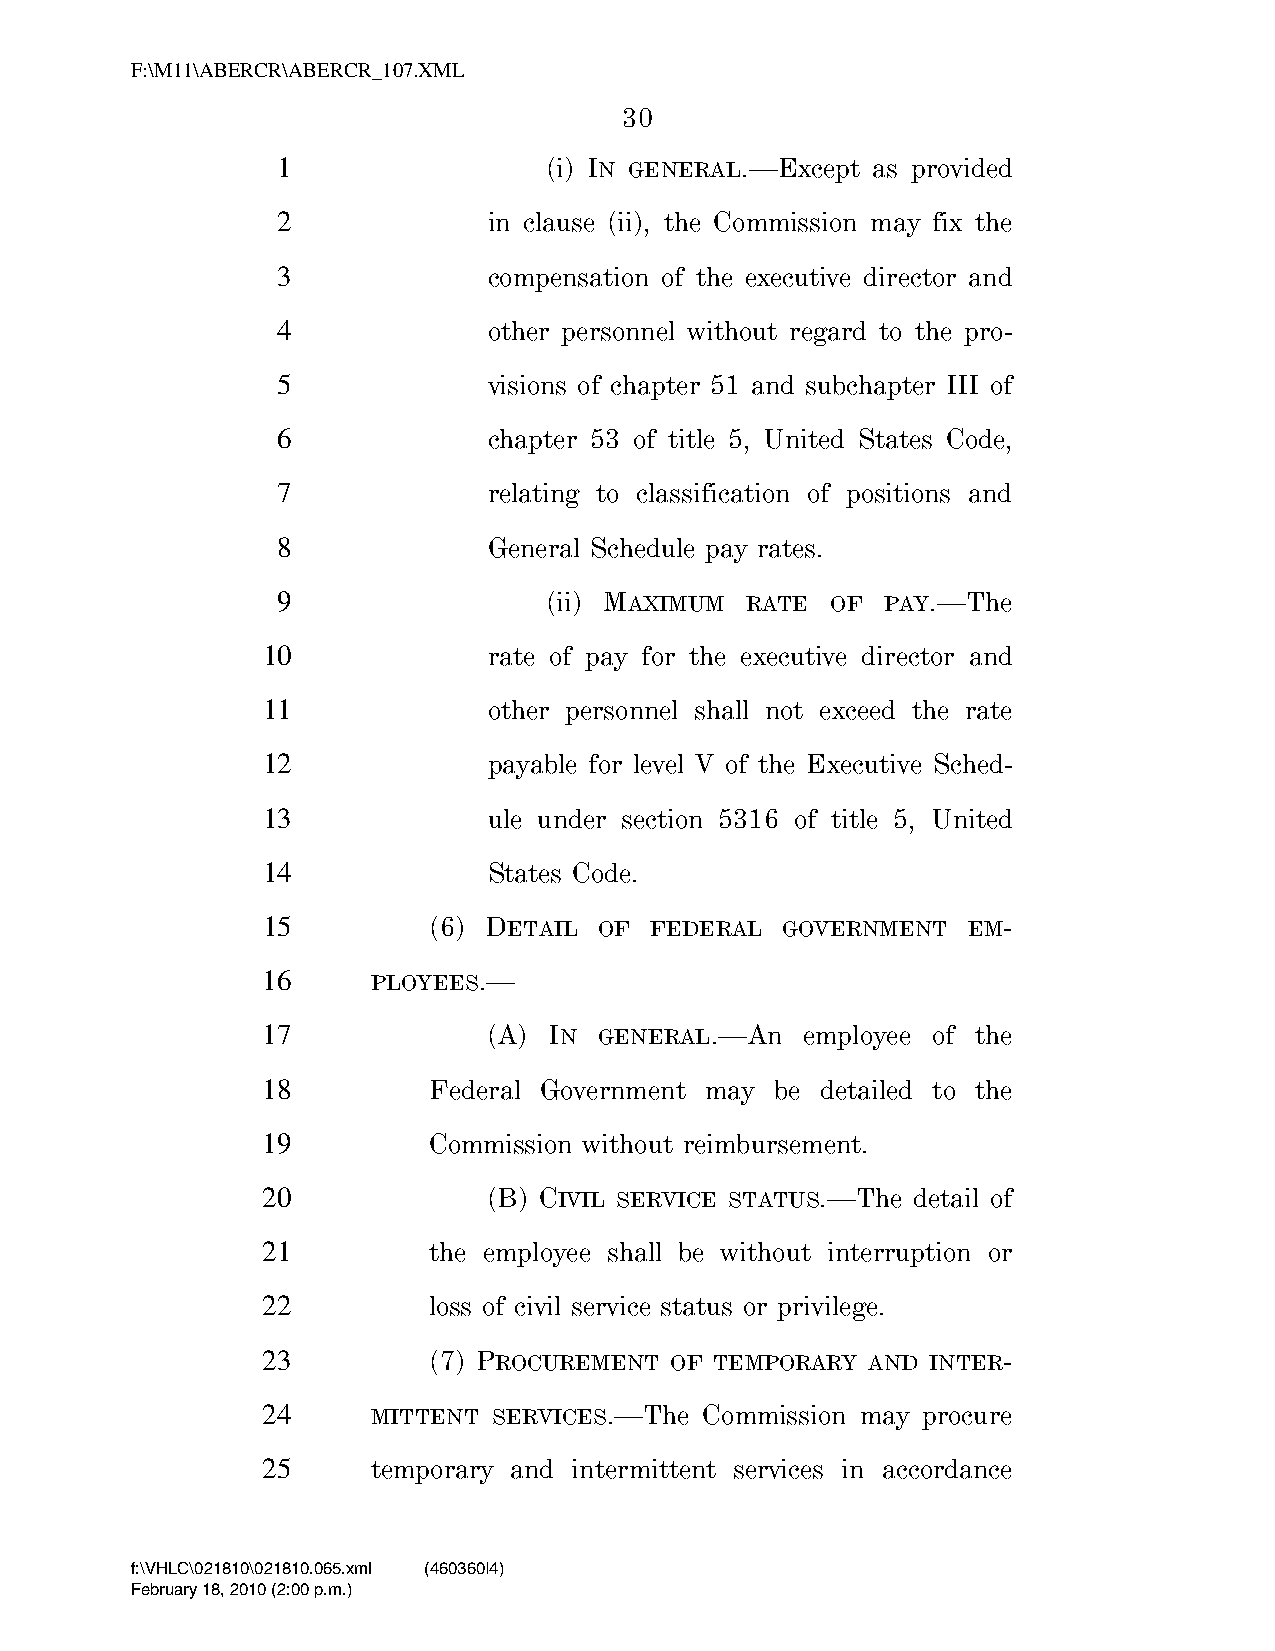
F:\M11\ABERCR\ABERCR_107.XML
 30
 1                 (i) IN GENERAL.—Except as provided
 2             in clause (ii), the Commission may fix the
 3             compensation of the executive director and
 4             other personnel without regard to the pro-
 5             visions of chapter 51 and subchapter III of
 6             chapter 53 of title 5, United States Code,
 7             relating to classification of positions and
 8             General Schedule pay rates.
 9                 (ii) MAXIMUM RATE  OF  PAY.—The
 10             rate of pay for the executive director and
 11             other personnel shall not exceed the rate
 12             payable for level V of the Executive Sched-
 13             ule under section 5316 of title 5, United
 14             States Code.
 15         (6) DETAIL  OF FEDERAL  GOVERNMENT  EM-
 16      PLOYEES.—
 17             (A) IN  GENERAL.—An  employee of the
 18         Federal Government may be detailed to the
 19         Commission without reimbursement.
 20             (B) CIVIL SERVICE STATUS.—The detail of
 21         the employee shall be without interruption or
 22         loss of civil service status or privilege.
 23         (7) PROCUREMENT OF TEMPORARY AND  INTER-
 24      MITTENT SERVICES.—The Commission may procure
 25      temporary and intermittent services in accordance
 f:\VHLC\021810\021810.065.xml (460360|4)
 February 18, 2010 (2:00 p.m.)
 VerDate Nov 24 2008 14:00 Feb 18, 2010 Jkt 000000 PO 00000 Frm 00030 Fmt 6652 Sfmt 6201 C:\TEMP\ABERCR_107.XML HOLCPC